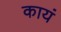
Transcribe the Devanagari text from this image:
कायं